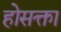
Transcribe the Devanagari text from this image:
होसक्ता